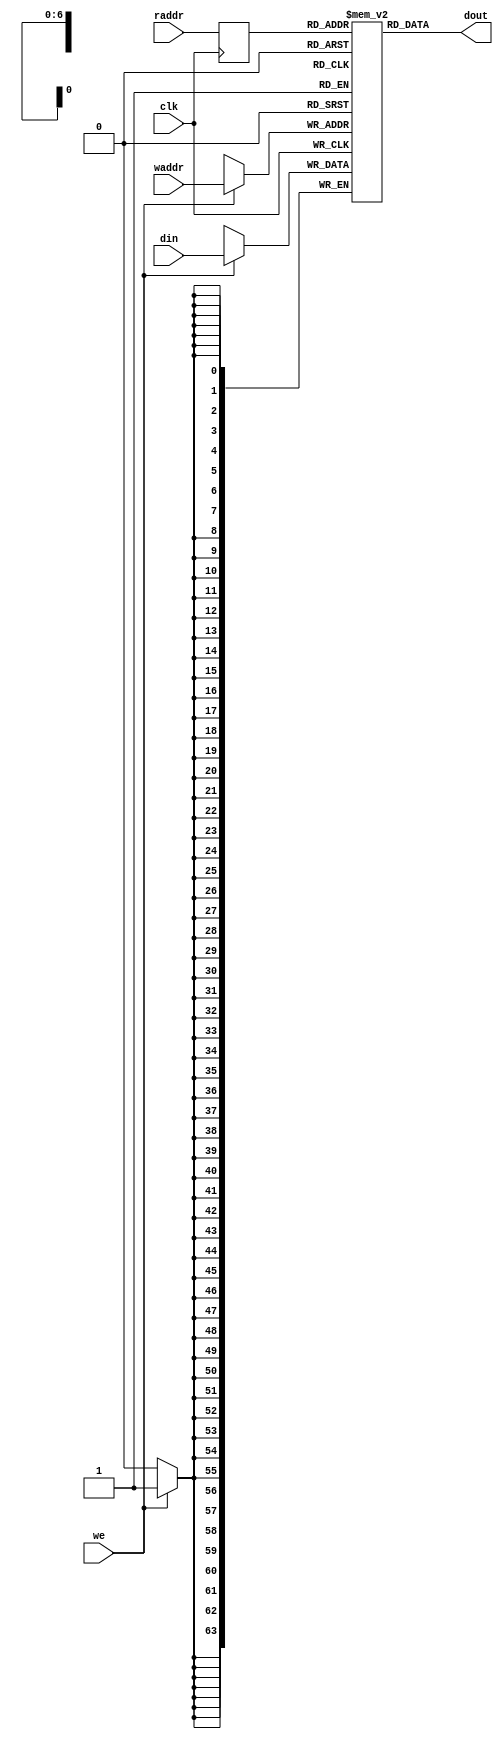


`timescale 1ns/1ps

module kernel_kcore_fifo_w64_d128_A_ram
#(parameter
    DATA_WIDTH  = 64,
    ADDR_WIDTH  = 7,
    DEPTH       = 128
)
(
    input  wire                  clk,
    input  wire                  we,
    input  wire [ADDR_WIDTH-1:0] waddr,
    input  wire [DATA_WIDTH-1:0] din,
    input  wire [ADDR_WIDTH-1:0] raddr,
    output wire [DATA_WIDTH-1:0] dout
);

(* rw_addr_collision = "yes" *)
reg  [DATA_WIDTH-1:0] mem[0:DEPTH-1];
reg  [ADDR_WIDTH-1:0] raddr_reg;

//write to ram
always @(posedge clk) begin
    if (we)
        mem[waddr] <= din;
end

//buffer the raddr
always @(posedge clk) begin
    raddr_reg <= raddr;
end

//read from ram
assign dout = mem[raddr_reg];

endmodule

module kernel_kcore_fifo_w64_d128_A
#(parameter
    DATA_WIDTH  = 64,
    ADDR_WIDTH  = 7,
    DEPTH       = 128
)
(
    // system signal
    input  wire                  clk,
    input  wire                  reset,

    // write
    output wire                  if_full_n,
    input  wire                  if_write_ce,
    input  wire                  if_write,
    input  wire [DATA_WIDTH-1:0] if_din,

    // read
    output wire                  if_empty_n,
    input  wire                  if_read_ce,
    input  wire                  if_read,
    output wire [DATA_WIDTH-1:0] if_dout
);
//------------------------Parameter----------------------

//------------------------Local signal-------------------
reg  [ADDR_WIDTH-1:0] waddr = 1'b0;
reg  [ADDR_WIDTH-1:0] raddr = 1'b0;
wire [ADDR_WIDTH-1:0] wnext;
wire [ADDR_WIDTH-1:0] rnext;
wire                  push;
wire                  pop;
reg  [ADDR_WIDTH:0]   mOutPtr = 1'b0;
reg                   full_n = 1'b1;
reg                   empty_n = 1'b0;


//------------------------Instantiation------------------
kernel_kcore_fifo_w64_d128_A_ram
#(
 .DATA_WIDTH(DATA_WIDTH),
 .ADDR_WIDTH(ADDR_WIDTH),
 .DEPTH(DEPTH))
U_kernel_kcore_fifo_w64_d128_A_ram(
 .clk(clk),
 .we(push),
 .waddr(waddr),
 .din(if_din),
 .raddr(rnext),
 .dout(if_dout)
);

//------------------------Task and function--------------

//------------------------Body---------------------------
assign if_full_n  = full_n;
assign if_empty_n = empty_n;
assign push       = full_n & if_write_ce & if_write;
assign pop        = empty_n & if_read_ce & if_read;
assign wnext      = !push                ? waddr :
                    (waddr == DEPTH - 1) ? 1'b0  :
                    waddr + 1'b1;
assign rnext      = !pop                 ? raddr :
                    (raddr == DEPTH - 1) ? 1'b0  :
                    raddr + 1'b1;

// waddr
always @(posedge clk) begin
    if (reset == 1'b1)
        waddr <= 1'b0;
    else
        waddr <= wnext;
end

// raddr
always @(posedge clk) begin
    if (reset == 1'b1)
        raddr <= 1'b0;
    else
        raddr <= rnext;
end

// mOutPtr
always @(posedge clk) begin
    if (reset == 1'b1)
        mOutPtr <= 1'b0;
    else if (push & ~pop)
        mOutPtr <= mOutPtr + 1'b1;
    else if (~push & pop)
        mOutPtr <= mOutPtr - 1'b1;
end

// full_n
always @(posedge clk) begin
    if (reset == 1'b1)
        full_n <= 1'b1;
    else if (push & ~pop)
        full_n <= (mOutPtr != DEPTH - 1);
    else if (~push & pop)
        full_n <= 1'b1;
end

// empty_n
always @(posedge clk) begin
    if (reset == 1'b1)
        empty_n <= 1'b0;
    else if (push & ~pop)
        empty_n <= 1'b1;
    else if (~push & pop)
        empty_n <= (mOutPtr != 1'b1);
end

endmodule